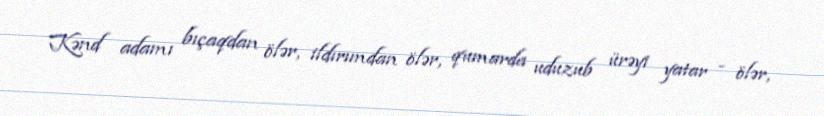
Kənd adamı bıçaqdan ölər, ildırımdan ölər, qumarda uduzub ürəyi yatar - ölər,